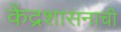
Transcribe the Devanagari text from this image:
केंद्रशासनाची